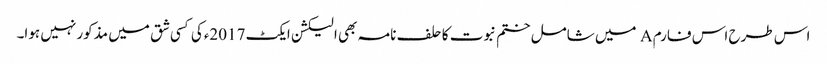
اس طرح اس فارم A میں شامل ختم نبوت کا حلف نامہ بھی الیکشن ایکٹ 2017ءکی کسی شق میں مذکور نہیں ہوا۔